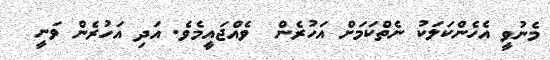
މެނުވީ އެހެންކަލަކު ނެތްކަމަށް އަހުރެން  ވެއްޖައީމެވެ. އަދި އަހުރެން ވަނީ